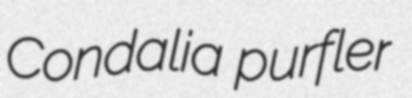
Condalia purfler